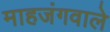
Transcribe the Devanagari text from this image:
माहजंगवाले